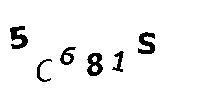
5C681S